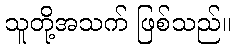
သူတို့အသက် ဖြစ်သည်။